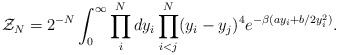
\begin{align*}{\cal Z}_{N} = 2^{-N} \int _{0} ^{\infty} \prod _{i} ^{N} dy_{i}\prod _{i<j} ^{N} (y_{i} - y_{j})^{4} e^{- \beta (a y_{i} +b/2 y_{i} ^{2})}.\end{align*}